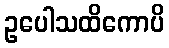
ဥပေါသထိကောပိ